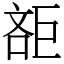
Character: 𣁔